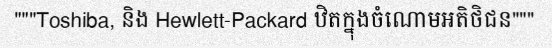
"""Toshiba, និង Hewlett-Packard ឋិតក្នុងចំណោមអតិថិជន"""